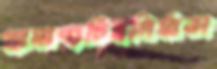
প্রামাণ্যচিত্রনির্মাতা